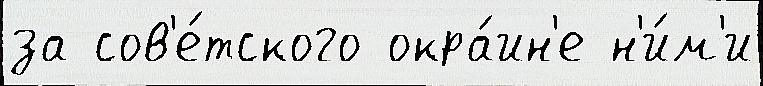
за сов'е́тского окра́ин'е н'и́м'и